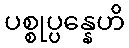
ပစ္စုပ္ပန္နေဟိ